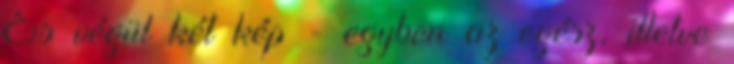
És végül két kép - egyben az egész, illetve